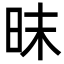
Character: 昩